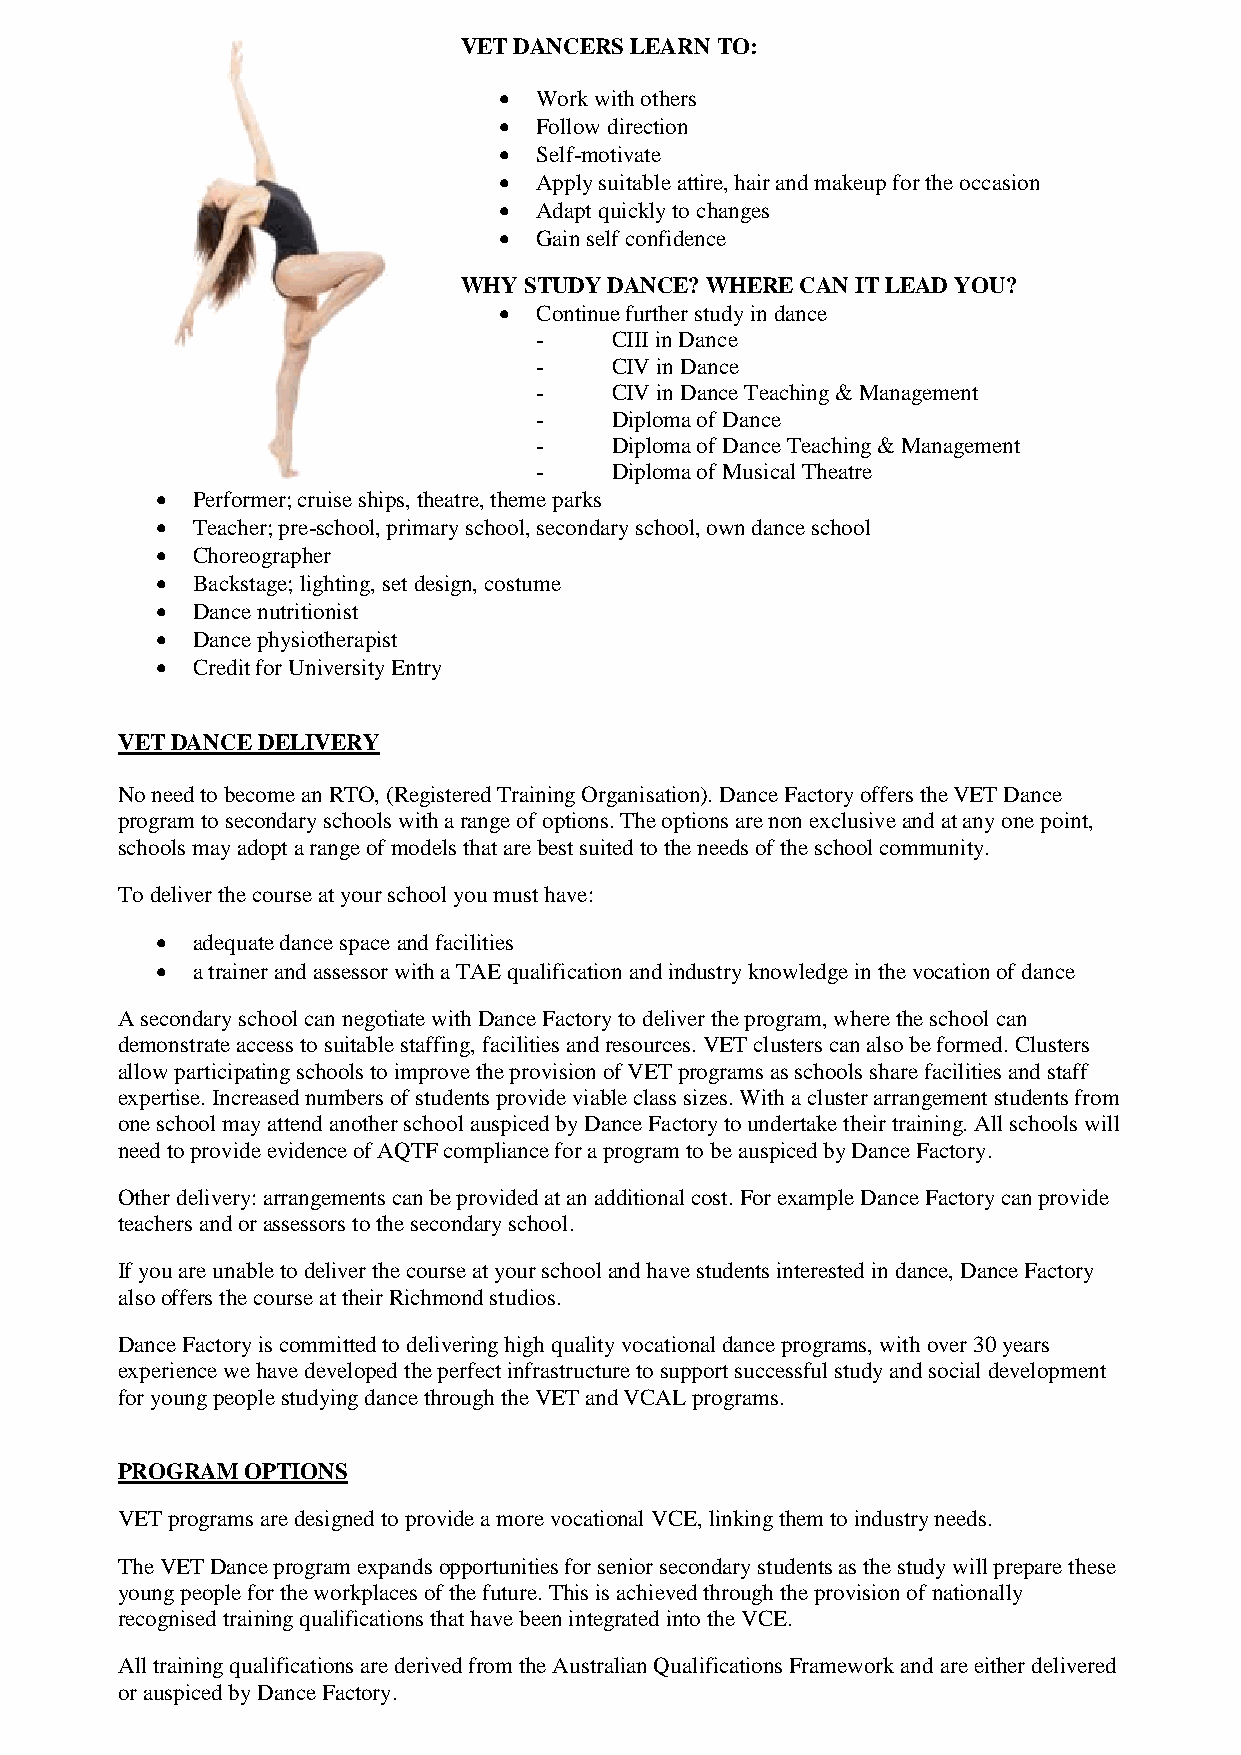
VET DANCERS LEARN TO:
  Work with others
  Follow direction
  Self-motivate
  Apply suitable attire, hair and makeup for the occasion
  Adapt quickly to changes
  Gain self confidence
 WHY STUDY DANCE? WHERE CAN IT LEAD YOU?
  Continue further study in dance
 -    CIII in Dance
 -    CIV in Dance
 -    CIV in Dance Teaching & Management
 -    Diploma of Dance
 -    Diploma of Dance Teaching & Management
 -    Diploma of Musical Theatre
   Performer; cruise ships, theatre, theme parks
   Teacher; pre-school, primary school, secondary school, own dance school
   Choreographer
   Backstage; lighting, set design, costume
   Dance nutritionist
   Dance physiotherapist
   Credit for University Entry
 VET DANCE DELIVERY
 No need to become an RTO, (Registered Training Organisation). Dance Factory offers the VET Dance
 program to secondary schools with a range of options. The options are non exclusive and at any one point,
 schools may adopt a range of models that are best suited to the needs of the school community.
 To deliver the course at your school you must have:
   adequate dance space and facilities
   a trainer and assessor with a TAE qualification and industry knowledge in the vocation of dance
 A secondary school can negotiate with Dance Factory to deliver the program, where the school can
 demonstrate access to suitable staffing, facilities and resources. VET clusters can also be formed. Clusters
 allow participating schools to improve the provision of VET programs as schools share facilities and staff
 expertise. Increased numbers of students provide viable class sizes. With a cluster arrangement students from
 one school may attend another school auspiced by Dance Factory to undertake their training. All schools will
 need to provide evidence of AQTF compliance for a program to be auspiced by Dance Factory.
 Other delivery: arrangements can be provided at an additional cost. For example Dance Factory can provide
 teachers and or assessors to the secondary school.
 If you are unable to deliver the course at your school and have students interested in dance, Dance Factory
 also offers the course at their Richmond studios.
 Dance Factory is committed to delivering high quality vocational dance programs, with over 30 years
 experience we have developed the perfect infrastructure to support successful study and social development
 for young people studying dance through the VET and VCAL programs.
 PROGRAM OPTIONS
 VET programs are designed to provide a more vocational VCE, linking them to industry needs.
 The VET Dance program expands opportunities for senior secondary students as the study will prepare these
 young people for the workplaces of the future. This is achieved through the provision of nationally
 recognised training qualifications that have been integrated into the VCE.
 All training qualifications are derived from the Australian Qualifications Framework and are either delivered
 or auspiced by Dance Factory.